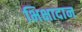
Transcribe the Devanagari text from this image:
भिक्षादान